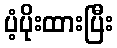
ပံ့ပိုးထားပြီး